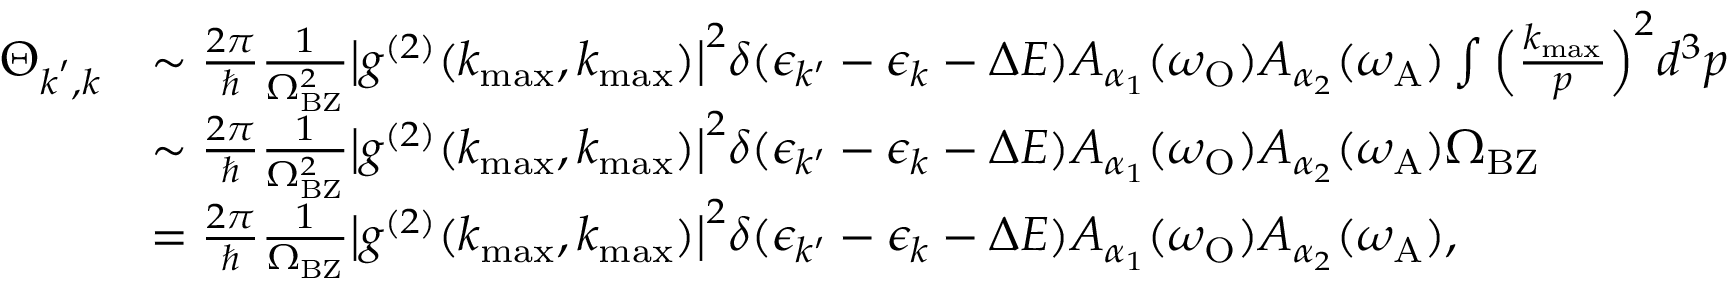
\begin{array} { r l } { \Theta _ { \boldsymbol { k } ^ { \prime } , \boldsymbol { k } } } & { \sim \frac { 2 \pi } { \hbar } \frac { 1 } { \Omega _ { \mathrm { B Z } } ^ { 2 } } \big | g ^ { ( 2 ) } ( k _ { \operatorname* { m a x } } , k _ { \operatorname* { m a x } } ) \big | ^ { 2 } \delta ( \epsilon _ { k ^ { \prime } } - \epsilon _ { k } - \Delta E ) A _ { \alpha _ { 1 } } ( \omega _ { \mathrm { O } } ) A _ { \alpha _ { 2 } } ( \omega _ { \mathrm { A } } ) \int \Big ( \frac { k _ { \operatorname* { m a x } } } { p } \Big ) ^ { 2 } d ^ { 3 } \boldsymbol { p } } \\ & { \sim \frac { 2 \pi } { \hbar } \frac { 1 } { \Omega _ { \mathrm { B Z } } ^ { 2 } } \big | g ^ { ( 2 ) } ( k _ { \operatorname* { m a x } } , k _ { \operatorname* { m a x } } ) \big | ^ { 2 } \delta ( \epsilon _ { k ^ { \prime } } - \epsilon _ { k } - \Delta E ) A _ { \alpha _ { 1 } } ( \omega _ { \mathrm { O } } ) A _ { \alpha _ { 2 } } ( \omega _ { \mathrm { A } } ) \Omega _ { \mathrm { B Z } } } \\ & { = \frac { 2 \pi } { \hbar } \frac { 1 } { \Omega _ { \mathrm { B Z } } } \big | g ^ { ( 2 ) } ( k _ { \operatorname* { m a x } } , k _ { \operatorname* { m a x } } ) \big | ^ { 2 } \delta ( \epsilon _ { k ^ { \prime } } - \epsilon _ { k } - \Delta E ) A _ { \alpha _ { 1 } } ( \omega _ { \mathrm { O } } ) A _ { \alpha _ { 2 } } ( \omega _ { \mathrm { A } } ) , } \end{array}